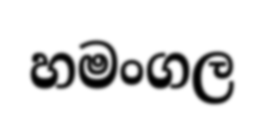
හමංගල